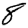
Digit: 8